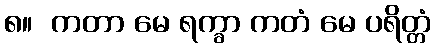
၈။  ကတာ မေ ရက္ခာ ကတံ မေ ပရိတ္တံ